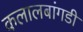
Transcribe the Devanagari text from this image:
कलालबांगडी